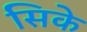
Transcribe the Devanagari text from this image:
सिके